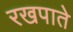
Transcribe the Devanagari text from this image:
रखपाते